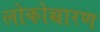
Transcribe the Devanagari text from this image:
लोकोच्चारण